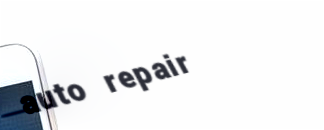
auto repair